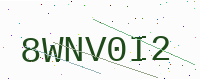
Text: 8WNV0I2